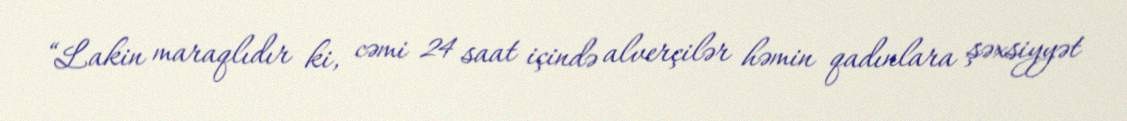
“Lakin maraqlıdır ki, cəmi 24 saat içində alverçilər həmin qadınlara şəxsiyyət